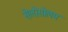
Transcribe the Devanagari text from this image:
सेलोसोलम